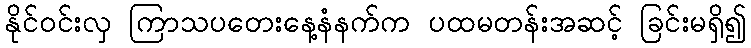
နိုင်ဝင်းလှ ကြာသပတေးနေ့နံနက်က ပထမတန်းအဆင့် ခြင်းမရှိ၍